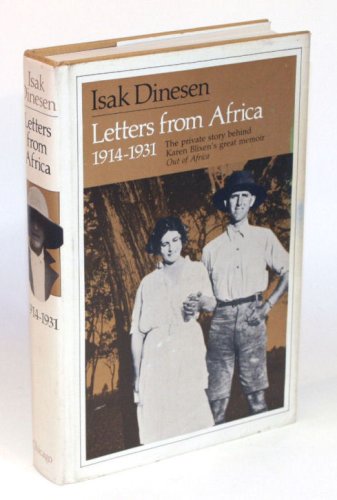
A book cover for Letters from Africa, 1914-1931; Isak Dinesen; Biographies & Memoirs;